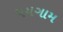
પયગામ